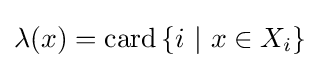
\lambda (x)={\text{card}}\left\{i\ |\ x\in X_{i}\right\}